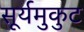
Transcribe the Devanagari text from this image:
सूर्यमुकुट